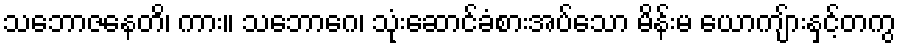
သဘောဇနေတိ၊ ကား။ သဘောဂေ၊ သုံးဆောင်ခံစားအပ်သော မိန်းမ ယောကျ်ားနှင့်တကွ